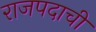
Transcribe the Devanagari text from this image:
राजपदाची